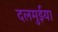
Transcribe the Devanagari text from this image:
दलमुईया